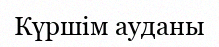
Күршім ауданы